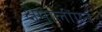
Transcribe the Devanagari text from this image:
क्षेमालींगन